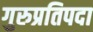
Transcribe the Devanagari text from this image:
गुरुप्रतिपदा